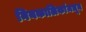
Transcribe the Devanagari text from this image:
नियकालिकांमधून